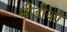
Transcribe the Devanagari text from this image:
मीडीआ